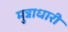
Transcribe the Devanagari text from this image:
मुन्नाधारी